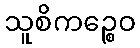
သူစိကဉ္စေဝ